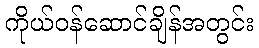
ကိုယ်ဝန်ဆောင်ချိန်အတွင်း